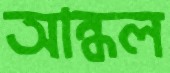
আন্ধল